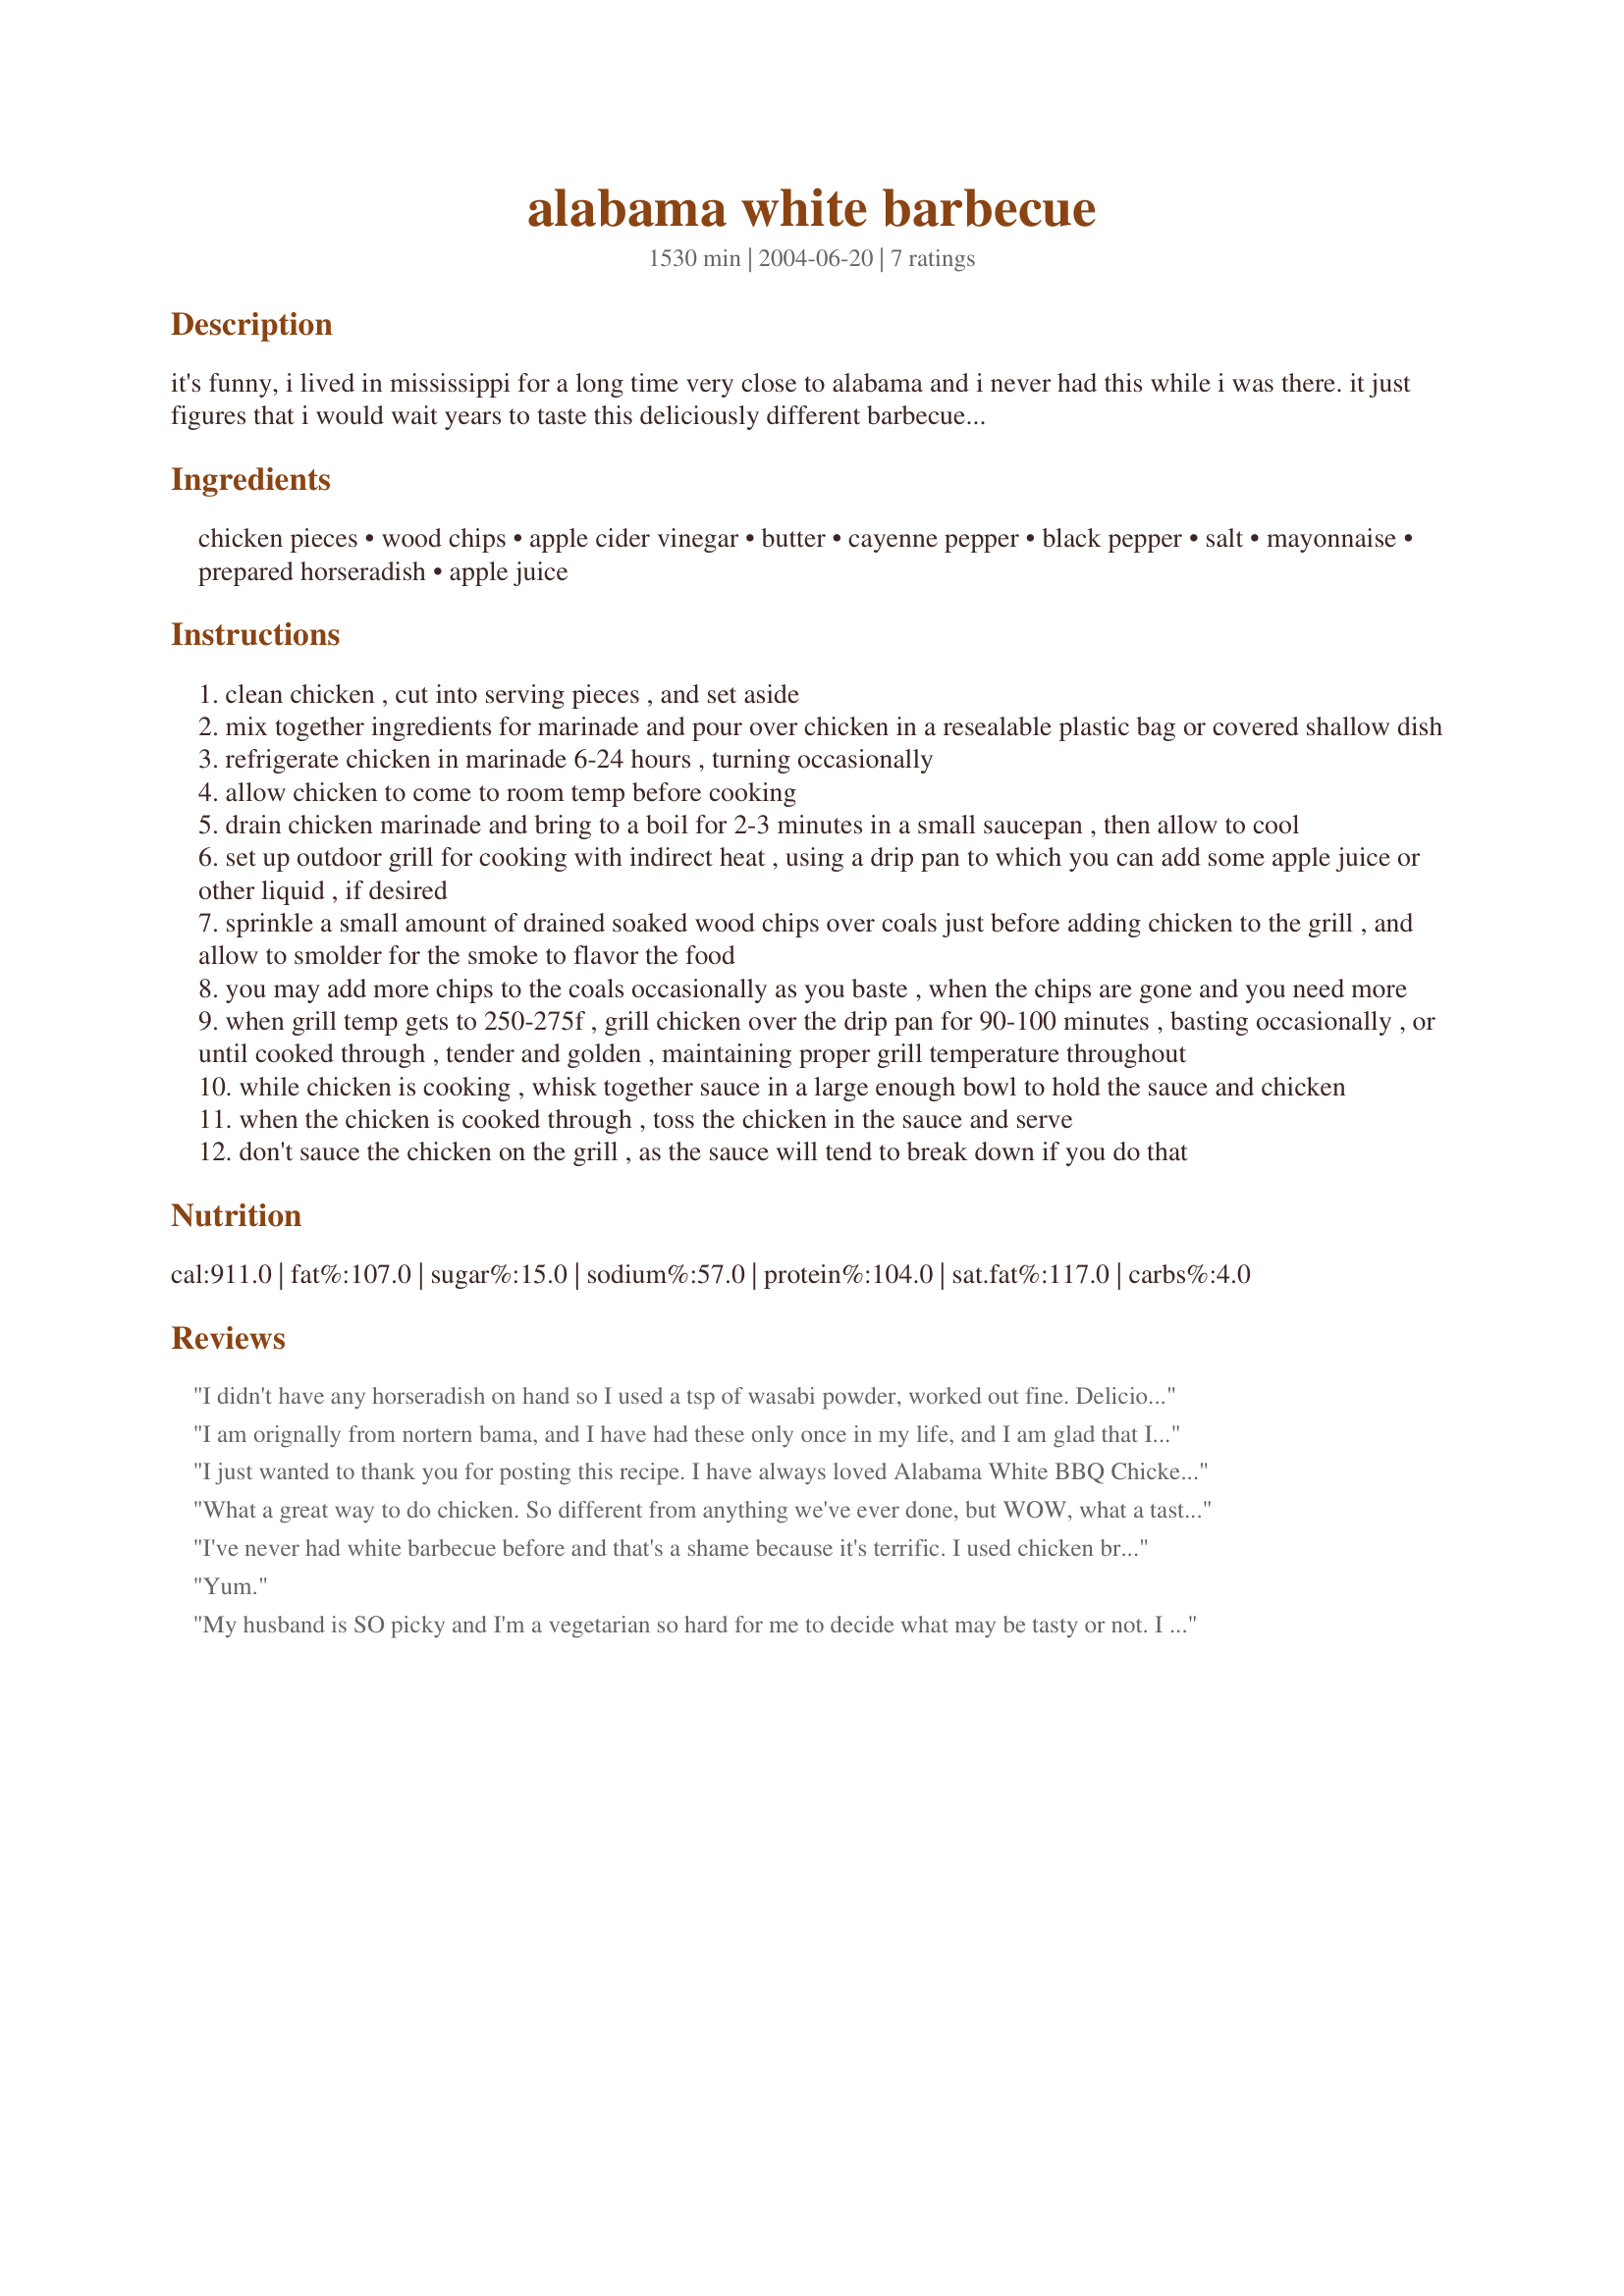
alabama white barbecue
Preparation time: 1530 minutes

it's funny, i lived in mississippi for a long time very close to alabama and i never had this while i was there. it just figures that i would wait years to taste this deliciously different barbecue, which is creamy, tangy, and nicely smoky. the sauce will be thinner than what you normally expect with a tomato based sauce but it has just enough umph to make this chicken special. now that my family has tried this, they wonder where it has been all their life!!!

Ingredients:
chicken pieces, wood chips, apple cider vinegar, butter, cayenne pepper, black pepper, salt, mayonnaise, prepared horseradish, apple juice

Steps:
clean chicken , cut into serving pieces , and set aside
mix together ingredients for marinade and pour over chicken in a resealable plastic bag or covered shallow dish
refrigerate chicken in marinade 6-24 hours , turning occasionally
allow chicken to come to room temp before cooking
drain chicken marinade and bring to a boil for 2-3 minutes in a small saucepan , then allow to cool
set up outdoor grill for cooking with indirect heat , using a drip pan to which you can add some apple juice or other liquid , if desired
sprinkle a small amount of drained soaked wood chips over coals just before adding chicken to the grill , and allow to smolder for the smoke to flavor the food
you may add more chips to the coals occasionally as you baste , when the chips are gone and you need more
when grill temp gets to 250-275f , grill chicken over the drip pan for 90-100 minutes , basting occasionally , or until cooked through , tender and golden , maintaining proper grill temperature throughout
while chicken is cooking , whisk together sauce in a large enough bowl to hold the sauce and chicken
when the chicken is cooked through , toss the chicken in the sauce and serve
don't sauce the chicken on the grill , as the sauce will tend to break down if you do that

Reviews:
I didn't have any horseradish on hand so I used a tsp of wasabi powder, worked out fine. Delicious with a zing! Will keep this recipe on hand! Thanks Sue!
I am orignally from nortern bama, and I have had these only once in my life, and I am glad that I found this recipe.I made it for labor day get together and people were initally put-off by it some but when they tried it they was in heaven. This is all I remember it was. THANK YOU FOR POSTING
I just wanted to thank you for posting this recipe. I have always loved Alabama White BBQ Chicken. Hubby not so much. I saw your recipe and thought that the marinade was just what was missing when we had tried this dish before. I had an economy package of chicken thighs that were cheap so I thought no harm done if hubby did not like it. Hubby is anti outdoor BBQ cooking so I did have to do it in my oven. I baked it at 400 degrees and after a half hour I turned it down to 375. I marinated the chicken over night. I could not find my cayenne so I had so substitute hot sauce. And I did pat dry the chicken and season with onion powder, garlic powder, paprika and salt and pepper before roasting. I made the BBQ as per your directions. Success, hubby loved it. He said, that now he understood the philosophy of Alabama White Barbecue.
What a great way to do chicken. So different from anything we've ever done, but WOW, what a taste treat! Even picky DD2 loved it and took the left overs home with her! I cannot wait to serve this to some of our barbecuing friends--they will definitely be amazed!!! Thanks for posting this new treat!
I've never had white barbecue before and that's a shame because it's terrific. I used chicken breasts and they were unbelievably juicy, I believe due to the marinade. I probably didn't get as much smokey flavor because of the shorter grilling time but we didn't really miss it.
Yum.
My husband is SO picky and I'm a vegetarian so hard for me to decide what may be tasty or not. I decided to try this for him. We ended up not grilling until the next day so it marinated a little over 24 hours. It didn't smell good or look good. I wasn't sure if it would be good. Husband loved it! He can't wait to have it again!! Thanks for sharing such an interesting recipe.
